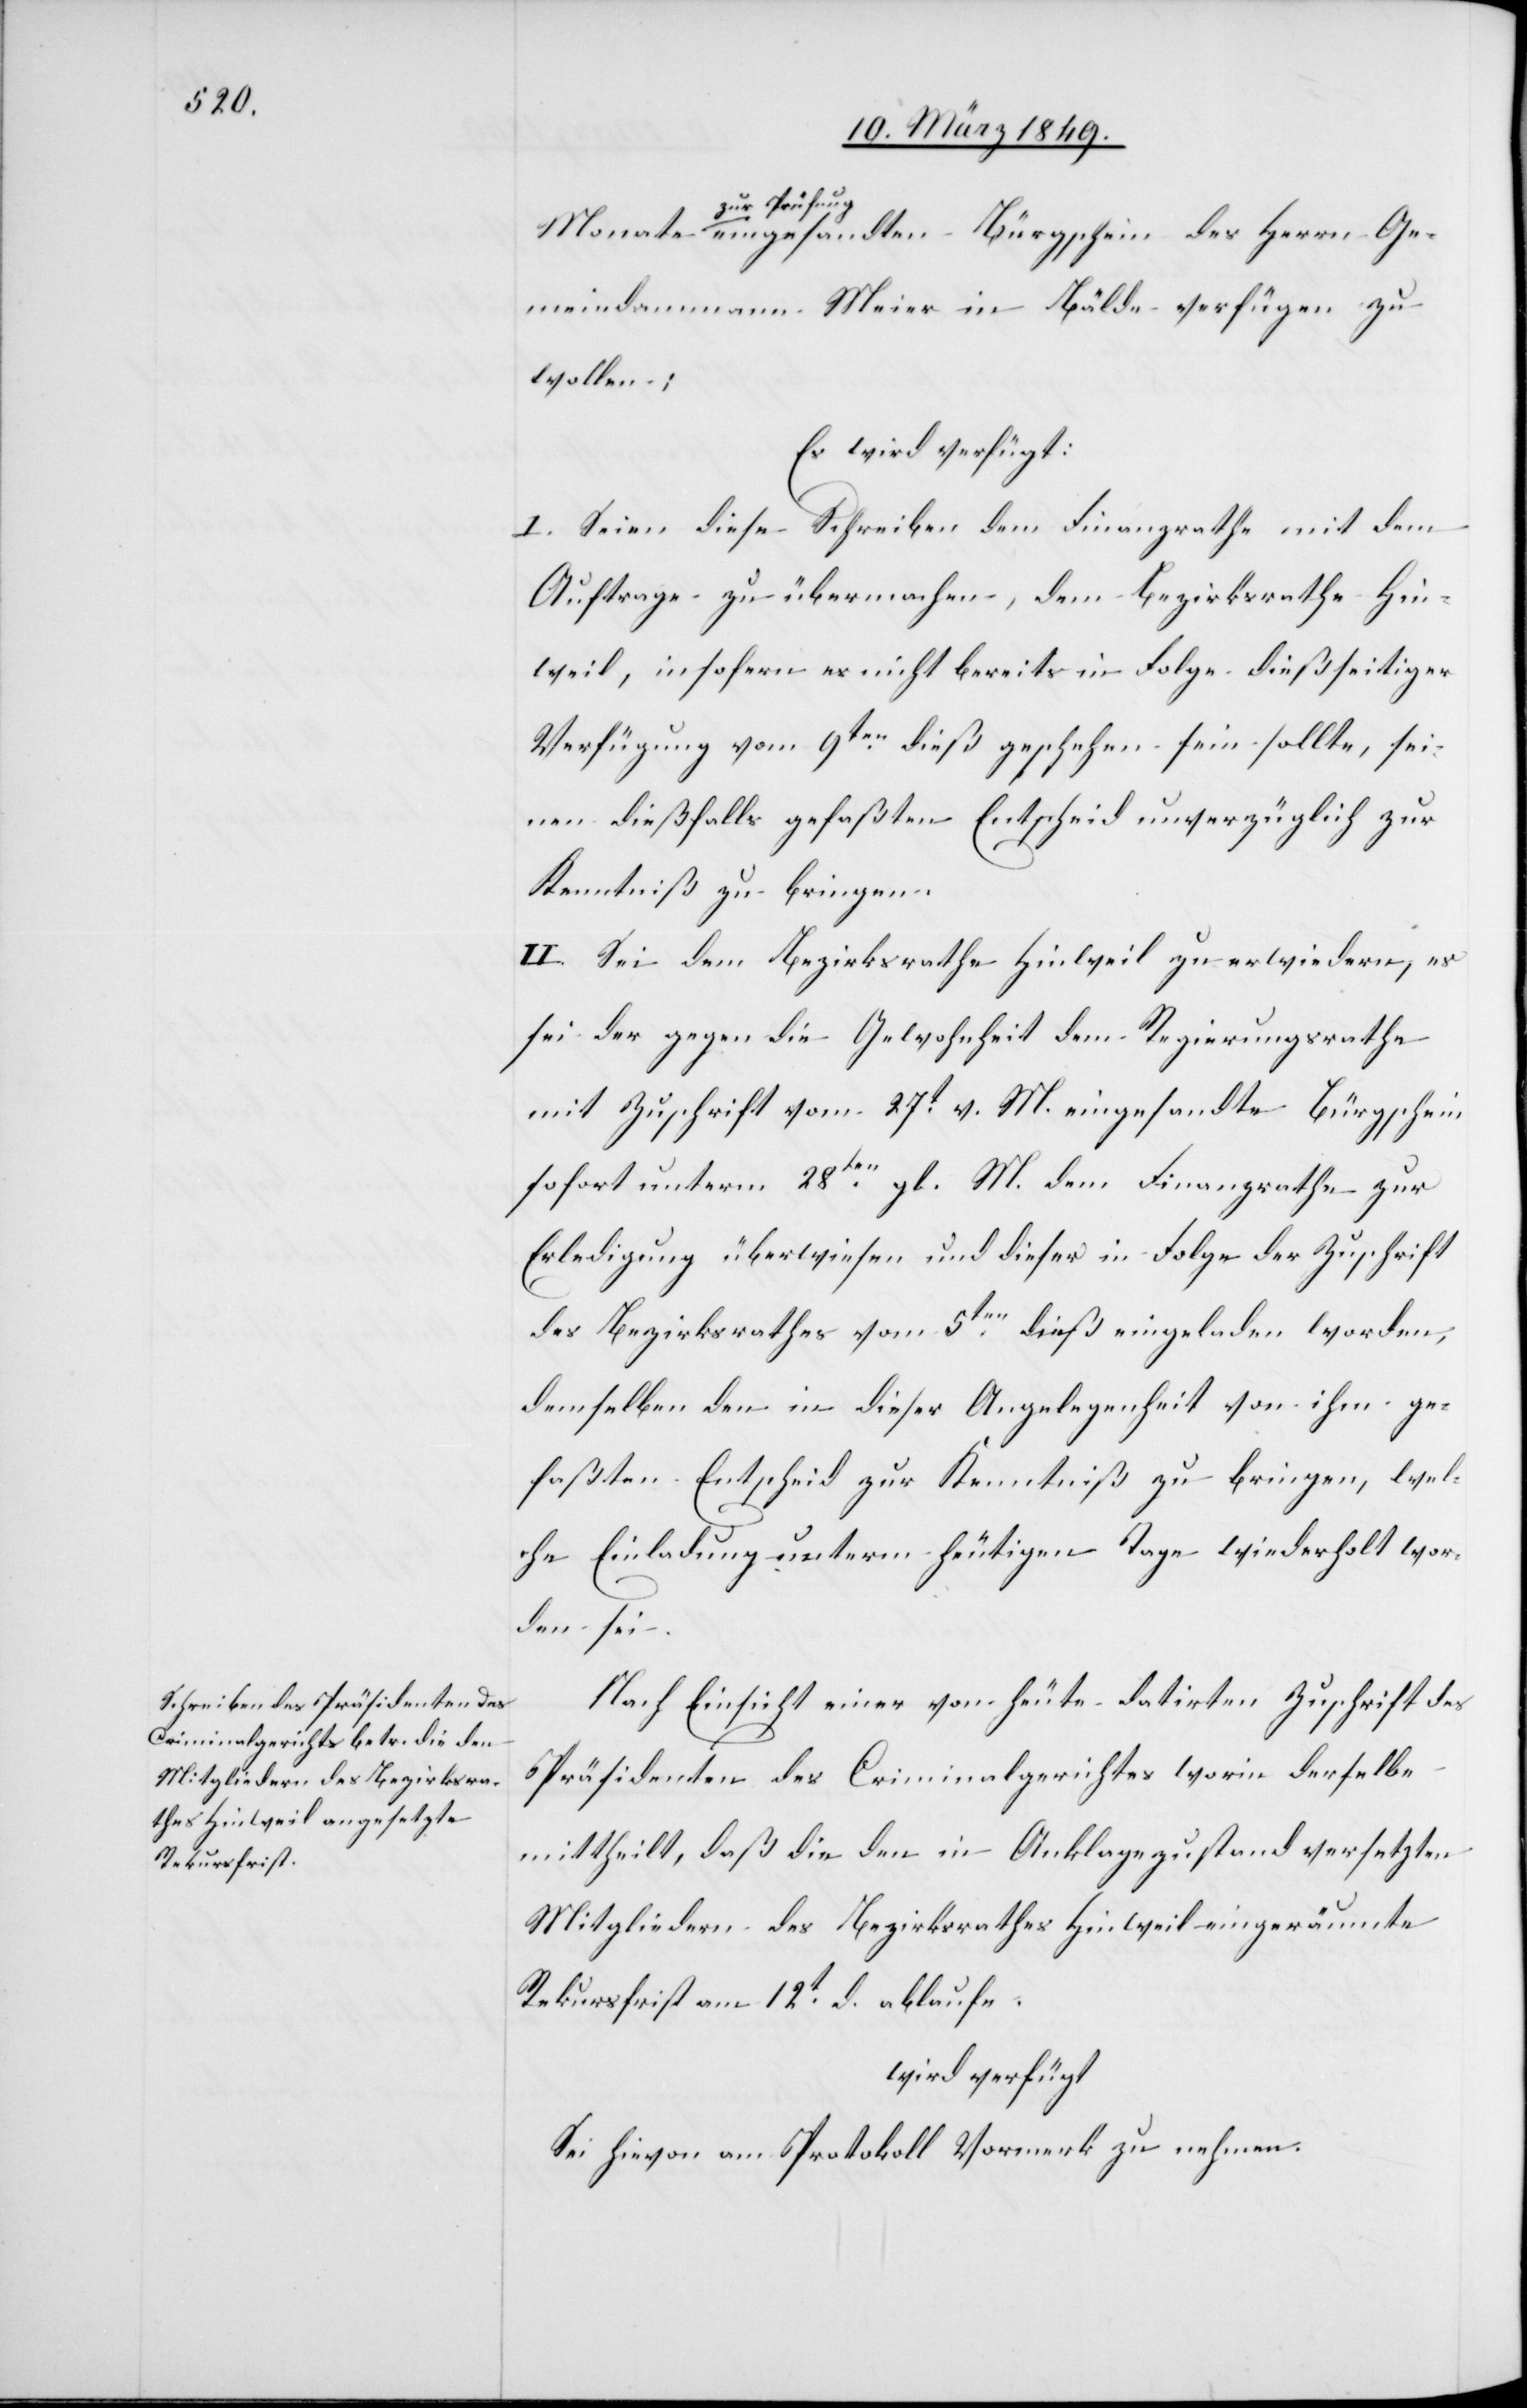
11. März 1849.]
zur Prüfung
eingesandten Bürgschein des Herrm Ge¬
meindammann Meier in Bälde verfügen zu
wollen;
Es wird verfügt:
I. Seien diese Schreiben dem Finanzrathe mit dem
Aufrage zu übermachen, dem Bezirksrathe Hin¬
weil, insofern es nicht bereits in Folge dießseitiger
Verfügung vom 9ten. dieß geschehen sein sollte, sei¬
nen dießfalls gefaßten Entscheid unverzüglich zur
Kenntniß zu bringen.
II. Sei dem Bezirksrathe Hinweil zu erwiedern, es
sei der gegen die Gewohnheit dem Regierungsrathe
mit Zuschrift vom 27t. v. M. eingesandte Bürgschein
sofort unterm 28ten. gl. M. dem Finanzrathe zur
Erledigung überwiesen und dieser in Folge der Zuschrift
des Bezirksrathes vom 5ten. dieß eingeladen worden,
demselben den in dieser Angelegenheit von ihm ge¬
faßten Entscheid zur Kenntniß zu bringen, wel¬
che Einladung unterm heutigen Tage wiederholt wor¬
den sei.
Nach Einsicht einer von heute datirten Zuschrift des
Präsidenten des Criminalgerichtes worin derselbe
mittheilt, daß die den in Anklagezustand versetzten
Mitgliedern des Bezirksrathes Hinweil eingeräumte
Rekursfrist am 12t. d. ablaufe.
wird verfügt
Sei hievon am Protokoll Vormerk zu nehmen.